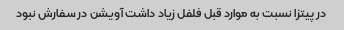
در پیتزا نسبت به موارد قبل فلفل زیاد داشت آویشن در سفارش نبود